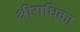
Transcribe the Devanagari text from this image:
श्रीराधिका